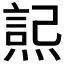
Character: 𭵮